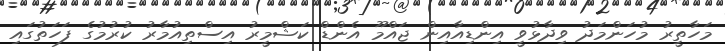
މަހާތީރު މުހަންމަދު ވިދާޅުވީ އިންޑިއާއިން ޖައްމޫ އެންޑް ކަޝްމީރު އިސްތިއުމާރު ކުރުމުގެ ފަހަތުގައި